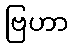
ဗြဟာ